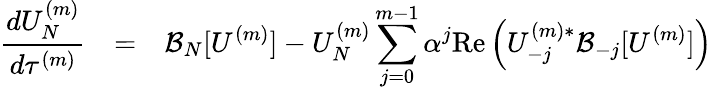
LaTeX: \begin{array}{rcl}{\displaystyle\frac{dU_{N}^{(m)}}{d\tau^{(m)}}}&{=}&{\displaystyle\mathcal{B}_{N}[U^{(m)}]-U_{N}^{(m)}\sum_{j=0}^{m-1}\alpha^{j}\mathrm{Re}\left(U_{-j}^{(m)*}\mathcal{B}_{-j}[U^{(m)}]\right)}\end{array}